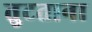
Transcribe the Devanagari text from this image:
तुटताना